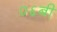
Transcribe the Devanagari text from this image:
०६बी